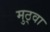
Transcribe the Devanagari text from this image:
मुठ्वा